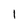
Character: l